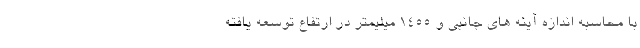
با محاسبه اندازه آینه های جانبی و 1455 میلیمتر در ارتفاع توسعه یافته